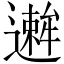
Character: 𫑋